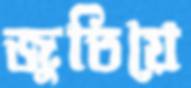
জুতিয়ে